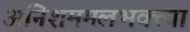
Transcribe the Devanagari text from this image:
अनिशममलभक्त्या